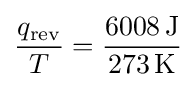
{\frac {q_{\mathrm {rev} }}{T}}={\frac {6008\,\mathrm {J} }{273\,\mathrm {K} }}